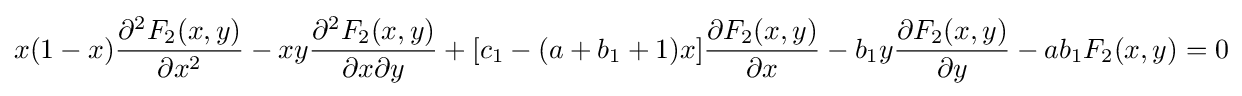
x(1-x){\frac {\partial ^{2}F_{2}(x,y)}{\partial x^{2}}}-xy{\frac {\partial ^{2}F_{2}(x,y)}{\partial x\partial y}}+[c_{1}-(a+b_{1}+1)x]{\frac {\partial F_{2}(x,y)}{\partial x}}-b_{1}y{\frac {\partial F_{2}(x,y)}{\partial y}}-ab_{1}F_{2}(x,y)=0